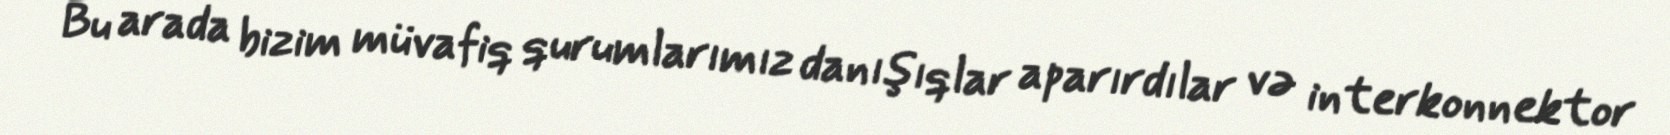
Bu arada bizim müvafiq qurumlarımız danışıqlar aparırdılar və interkonnektor